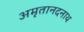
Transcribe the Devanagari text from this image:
अमृतानदनाथ